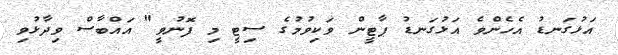
އަޅުގަނޑު އެހެންވެ އަޅުގަނޑު ޕާޓީން ވަކިވުމުގެ ސިޓީ މި ފޮނުވީ" އައްބާސް ވިދާޅުވި